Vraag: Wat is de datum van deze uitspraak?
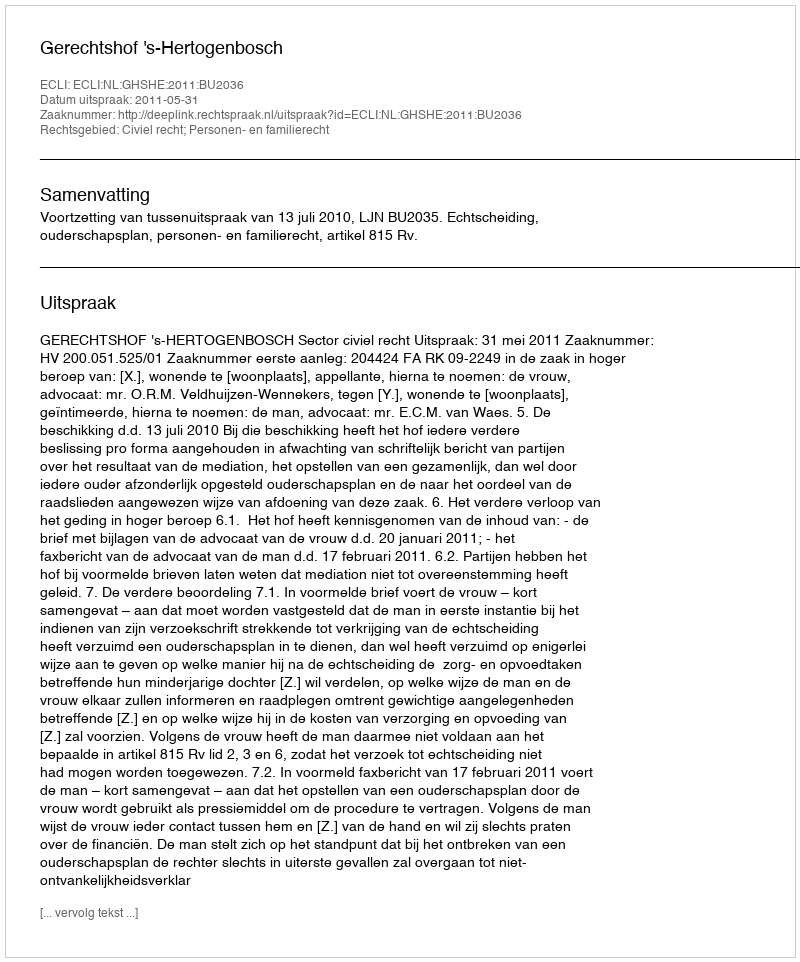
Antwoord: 2011-05-31